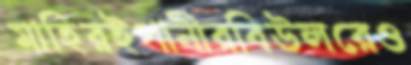
মাহিরইপানীরবিউলরেও